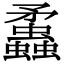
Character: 𧕑